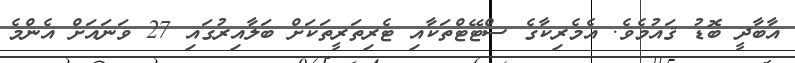
އާބާދީ ބޮޑު ޤައުމެވެ. އެމެރިކާގެ ސްޓޭޓްތަކާއި ޓެރިތަރީތަކަށް ބަލާއިރުގައި 27 ވަނައަށް އެންމެ